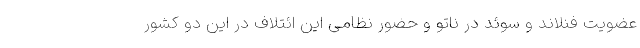
عضویت فنلاند و سوئد در ناتو و حضور نظامی این ائتلاف در این دو کشور